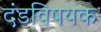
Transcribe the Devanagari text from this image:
दंडविषयक